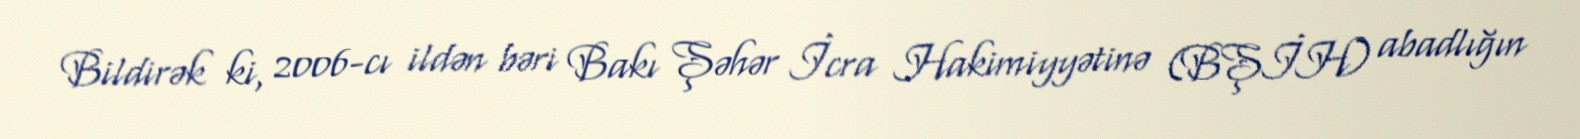
Bildirək ki, 2006-cı ildən bəri Bakı Şəhər İcra Hakimiyyətinə (BŞİH) abadlığın